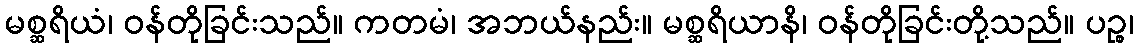
မစ္ဆရိယံ၊ ဝန်တိုခြင်းသည်။ ကတမံ၊ အဘယ်နည်း။ မစ္ဆရိယာနိ၊ ဝန်တိုခြင်းတို့သည်။ ပဉ္စ၊